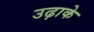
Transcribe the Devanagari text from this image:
उढ़ाके